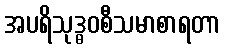
အပရိသုဒ္ဓဝစီသမာစာရတာ